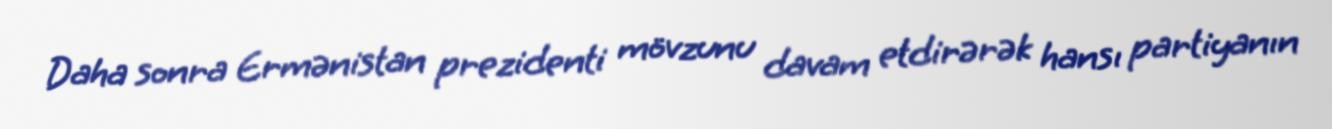
Daha sonra Ermənistan prezidenti mövzunu davam etdirərək hansı partiyanın